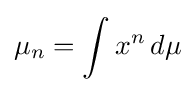
\mu _{n}=\int x^{n}\,d\mu